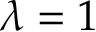
\lambda = 1